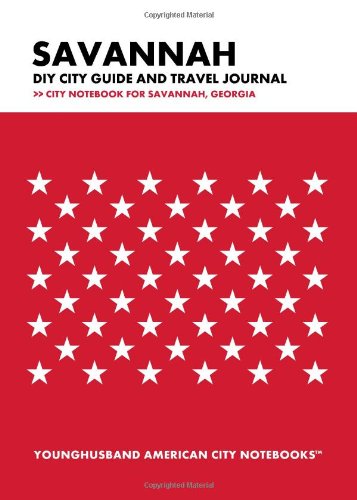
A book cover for Savannah DIY City Guide and Travel Journal: City Notebook for Savannah, Georgia; Younghusband American City Notebooks; Travel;